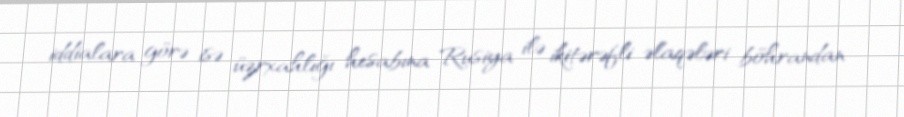
iddialara görə isə üzrxahlığı hesabına Rusiya ilə ikitərəfli əlaqələri böhrandan